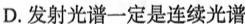
D.发射光谱一定是连续光谱